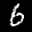
Label: 6